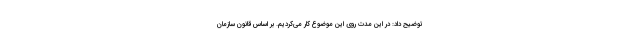
توضیح داد: در این مدت روی این موضوع کار می‌کردیم. بر اساس قانون سازمان